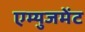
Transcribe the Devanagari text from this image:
एम्युजमेंट